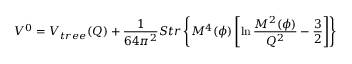
V ^ { 0 } = V _ { t r e e } ( Q ) + \frac { 1 } { 6 4 \pi ^ { 2 } } { \cal S } t r \left\{ { \cal M } ^ { 4 } ( \phi ) \left[ \ln \frac { { \cal M } ^ { 2 } ( \phi ) } { Q ^ { 2 } } - \frac { 3 } { 2 } \right] \right\}